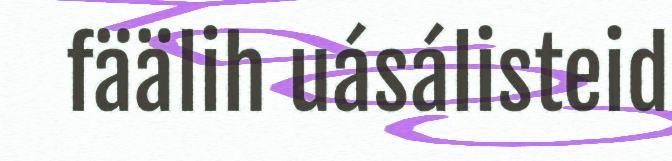
fäälih uásálisteid